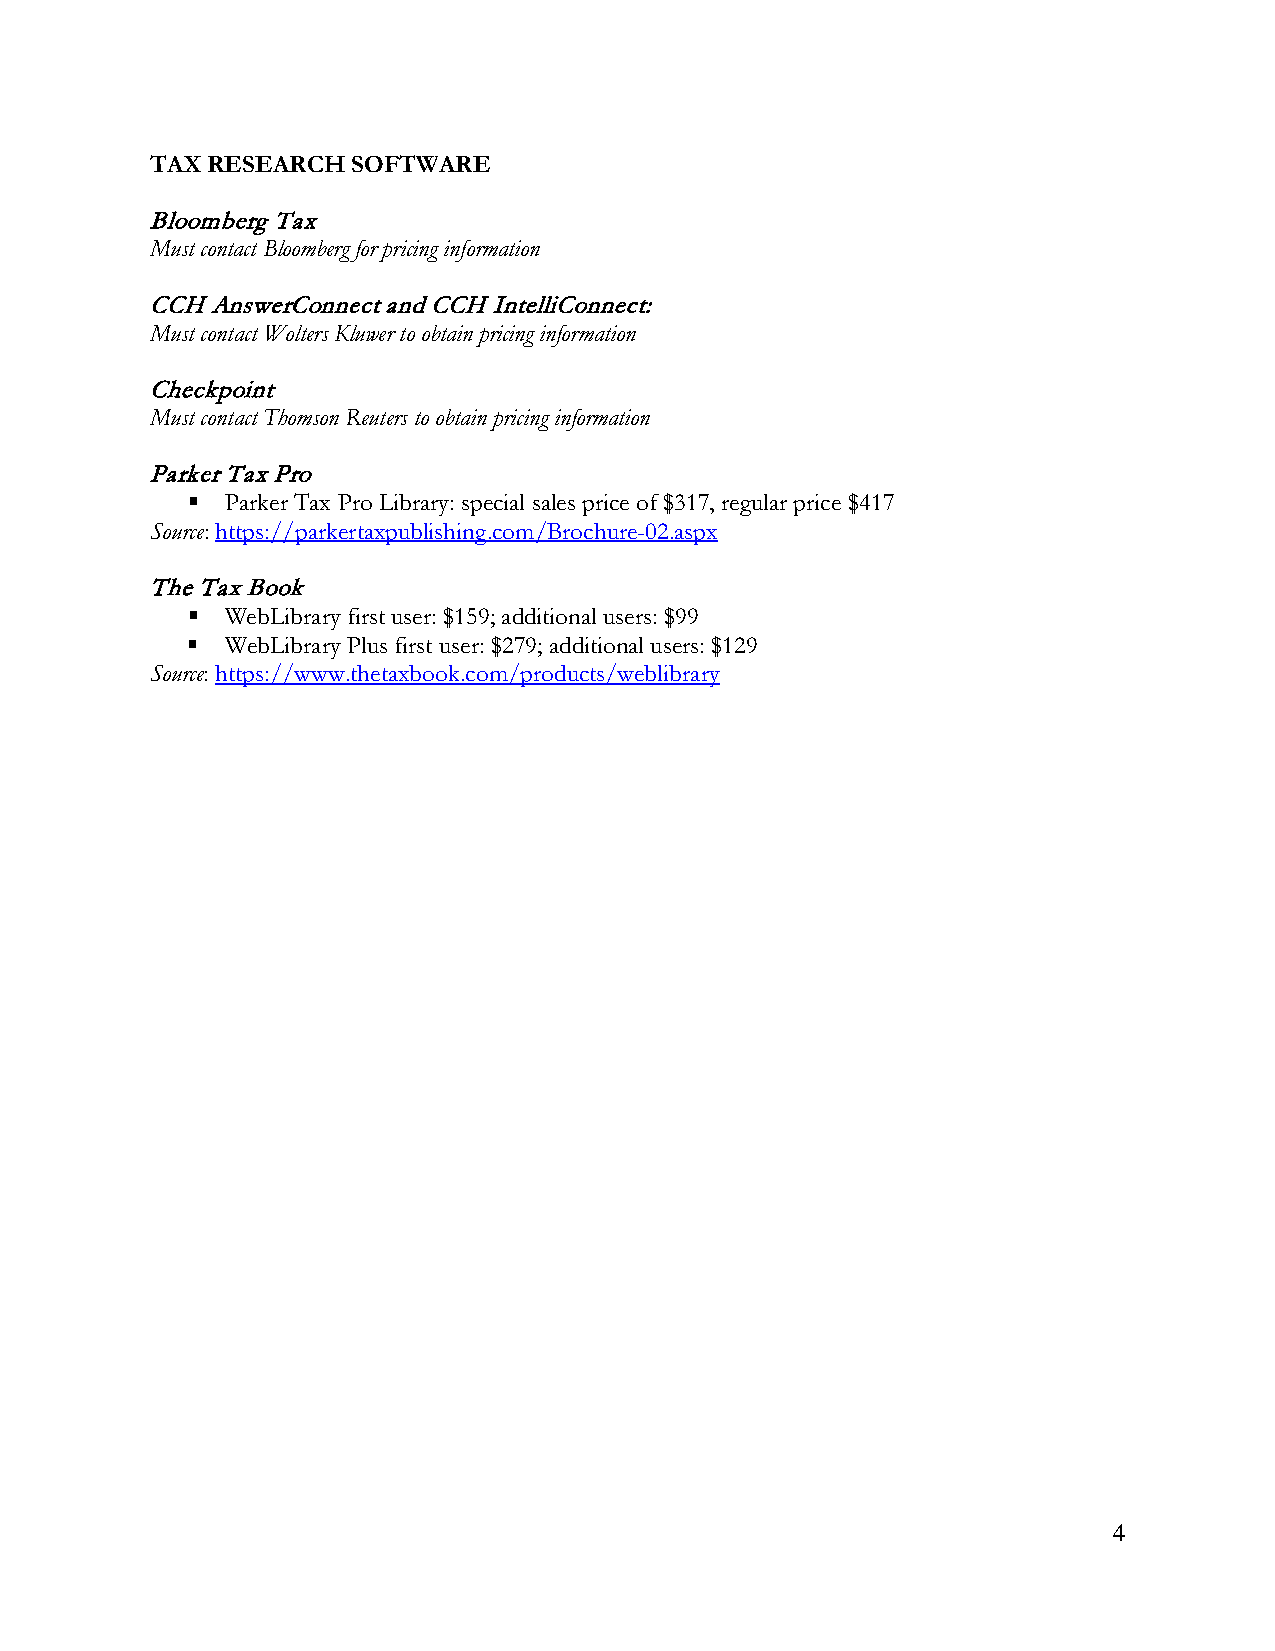
TAX RESEARCH SOFTWARE
 Bloomberg Tax
 Must contact Bloomberg for pricing information
 CCH AnswerConnect and CCH IntelliConnect:
 Must contact Wolters Kluwer to obtain pricing information
 Checkpoint
 Must contact Thomson Reuters to obtain pricing information
 Parker Tax Pro
   Parker Tax Pro Library: special sales price of $317, regular price $417
 Source: https://parkertaxpublishing.com/Brochure-02.aspx
 The Tax Book
   WebLibrary first user: $159; additional users: $99
   WebLibrary Plus first user: $279; additional users: $129
 Source: https://www.thetaxbook.com/products/weblibrary
 4